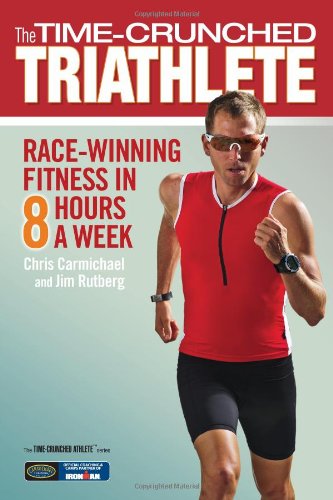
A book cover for The Time-Crunched Triathlete: Race-Winning Fitness in 8 Hours a Week (The Time-Crunched Athlete); Chris Carmichael; Health, Fitness & Dieting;